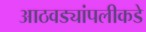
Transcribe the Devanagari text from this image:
आठवड्यांपलीकडे